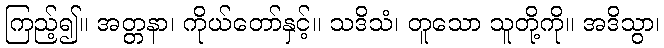
ကြည့်၍။ အတ္တနာ၊ ကိုယ်တော်နှင့်။ သဒိသံ၊ တူသော သူတို့ကို။ အဒိသွာ၊